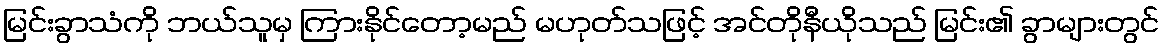
မြင်းခွာသံကို ဘယ်သူမှ ကြားနိုင်တော့မည် မဟုတ်သဖြင့် အင်တိုနီယိုသည် မြင်း၏ ခွာများတွင်